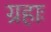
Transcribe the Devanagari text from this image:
ग्रहाः